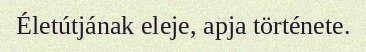
Életútjának eleje, apja története.